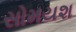
સોમયશ